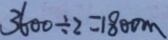
3 6 0 0 \div 2 = 1 8 0 0 m